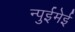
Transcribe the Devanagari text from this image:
न्पुईमेई